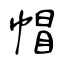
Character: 帽